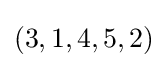
(3,1,4,5,2)